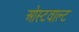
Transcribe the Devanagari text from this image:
ओस्टवाल्ट